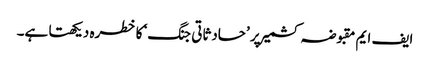
ایف ایم مقبوضہ کشمیر پر ’حادثاتی جنگ‘ کا خطرہ دیکھتا ہے۔